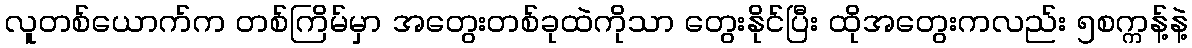
လူတစ်ယောက်က တစ်ကြိမ်မှာ အတွေးတစ်ခုထဲကိုသာ တွေးနိုင်ပြီး ထိုအတွေးကလည်း ၅စက္ကန့်နဲ့